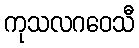
ကုသလဂဝေသီ